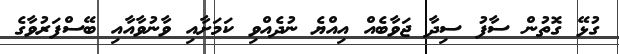
ގުޅޭ ގޮތުން ސާފު ސިދާ ޖަވާބެއް އިއްޔެ ނުދެއްވި ކަމަށާއި ވާނުވާއާއި ބޭސްފަރުވާގެ